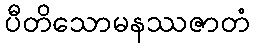
ပီတိသောမနဿဇာတံ